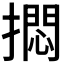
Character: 𪮰